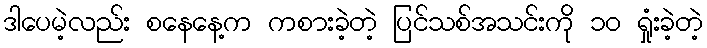
ဒါပေမဲ့လည်း စနေနေ့က ကစားခဲ့တဲ့ ပြင်သစ်အသင်းကို ၁၀ ရှုံးခဲ့တဲ့